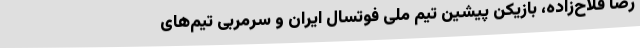
رضا فلاح‌زاده، بازیکن پیشین تیم ملی فوتسال ایران و سرمربی تیم‌های